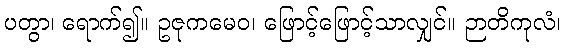
ပတွာ၊ ရောက်၍။ ဥဇုကမေဝ၊ ဖြောင့်ဖြောင့်သာလျှင်။ ဉာတိကုလံ၊